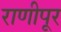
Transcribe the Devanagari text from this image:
राणीपूर